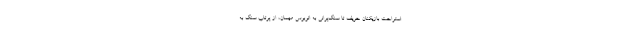
استراحت بازیکنان حریف تا سنگ‌پرانی به اتوبوس مهمان، از پرتاب سنگ به